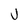
Character: U